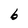
Character: b